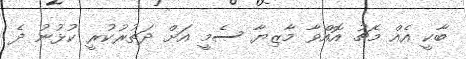
ބާކީ އެއް މެޗު އޮއްވާ މާޒިޔާ ސެމީ އަށް ދަތުރުކުރީ ކުޅުނު ދެ